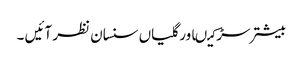
بیشتر سڑکیںاور گلیاں سنسان نظر آئیں ۔